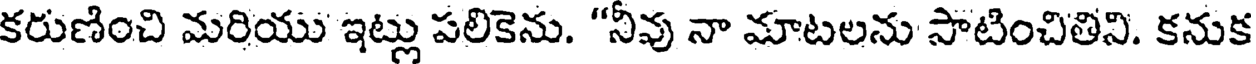
కరుణించి మరియు ఇట్లు పలికెను. "నీవు నా మాటలను సాటించితిని. కనుక